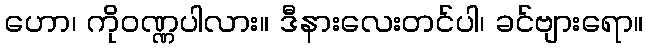
ဟော၊ ကိုဝဏ္ဏပါလား။ ဒီနားလေးတင်ပါ၊ ခင်ဗျားရော။